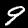
Label: 9